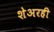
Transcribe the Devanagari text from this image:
शेअरही